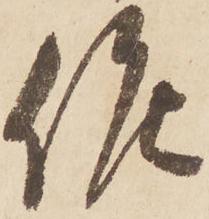
候